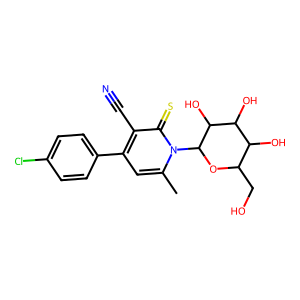
SMILES: Cc1cc(-c2ccc(Cl)cc2)c(C#N)c(=S)n1C1OC(CO)C(O)C(O)C1O
Inhibits HIV replication: No